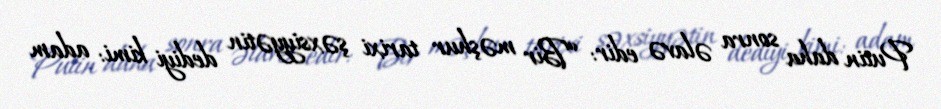
Putin daha sonra əlavə edir: “Bir məşhur tarixi şəxsiyyətin dediyi kimi: adam